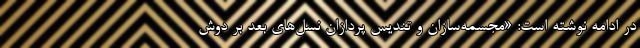
در ادامه نوشته است: «مجسمه‌سازان و تندیس پردازان نسل‌های بعد بر دوش